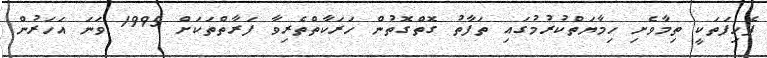
ފެހިފަތަކީ ތިމާވެށި ހިމާޔަތްކުރުމުގައި ތަފާތު ގޮތްގޮތުން ހަރަކާތްތެރިވާ ފަރާތްތަކަށް 1995 ވަނަ އަހަރުން